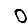
Digit: 0